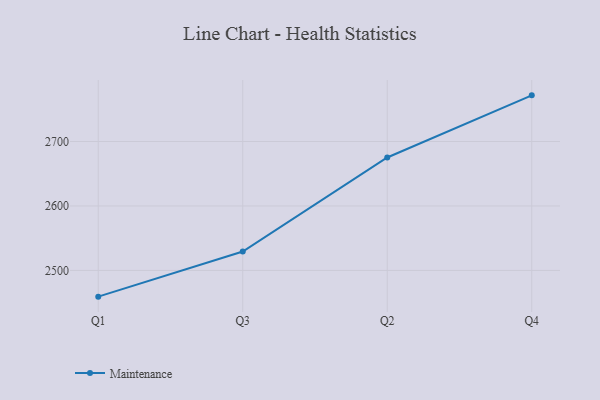
{"axis": {"x": "Quarter", "y": "Customer Acquisition Cost (USD)"}, "legend": ["Maintenance"], "data": [{"x": "Q1", "y": 2459.3, "type": "Maintenance"}, {"x": "Q3", "y": 2529.4, "type": "Maintenance"}, {"x": "Q2", "y": 2675.2, "type": "Maintenance"}, {"x": "Q4", "y": 2771.6, "type": "Maintenance"}]}